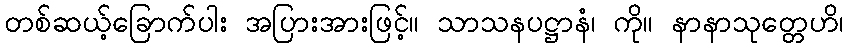
တစ်ဆယ့်ခြောက်ပါး အပြားအားဖြင့်။ သာသနပဋ္ဌာနံ၊ ကို။ နာနာသုတ္တေဟိ၊